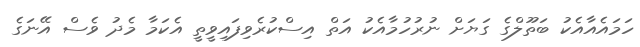
ހަމައެއާއެކު ބަތޫލްގެ ގަޔަށް ނުރުހުމާއެކު އަތް އިސްކުރެވިފައިވީތީ އެކަމާ މެދު ވެސް އޭނަގެ